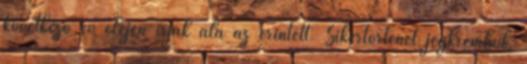
következő év elején írják alá az érintett. Sikertörténet jégkrémből,